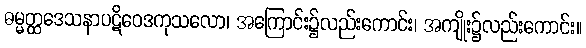
ဓမ္မတ္ထဒေသနာပဋိဝေဒကုသလော၊ အကြောင်း၌လည်းကောင်း၊ အကျိုး၌လည်းကောင်း။